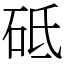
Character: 砥